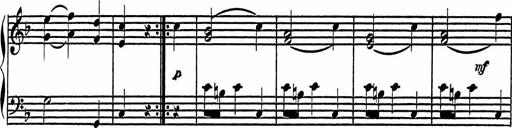
Title: 4 Piano Sonatinas
Composer: Adam Geibel